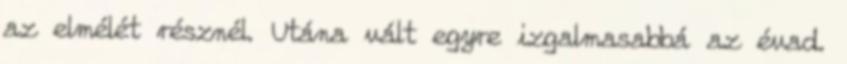
az elmélét résznél. Utána vált egyre izgalmasabbá az évad.